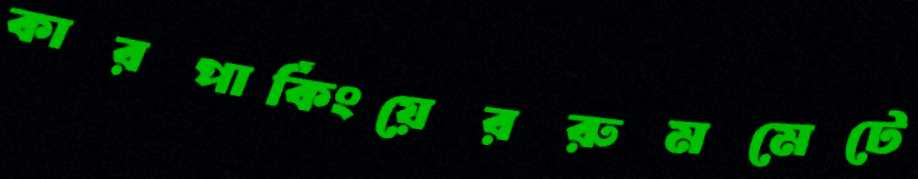
কারপার্কিংয়েররুমমেটে